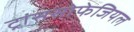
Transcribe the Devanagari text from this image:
ट्रांससोफेजियल